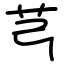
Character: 芎